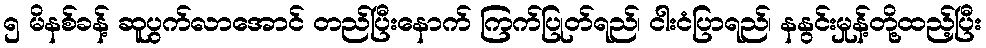
၅ မိနစ်ခန့် ဆူပွက်လာအောင် တည်ပြီးနောက် ကြက်ပြုတ်ရည်၊ ငါးငံပြာရည်၊ နနွင်းမှုန့်တို့ထည့်ပြီး